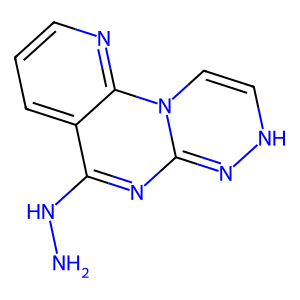
SMILES: NNC1=NC2=NNC=CN2c2ncccc21
Inhibits HIV replication: No